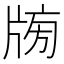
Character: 𤗒